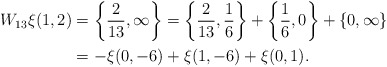
\begin{align*}W_{13} \xi(1,2) & = \left\{\frac{2}{13},\infty\right\} = \left\{\frac{2}{13},\frac{1}{6}\right\}+\left\{\frac{1}{6},0\right\}+\{0,\infty\}\\& = -\xi(0,-6)+\xi(1,-6)+\xi(0,1).\end{align*}